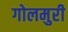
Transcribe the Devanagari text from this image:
गोलमुरी